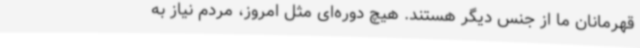
قهرمانان ما از جنس دیگر هستند. هیچ دوره‌ای مثل امروز، مردم نیاز به